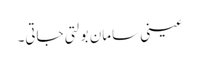
عینی سامان بولتی جاتی۔